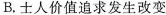
B.土人价值追求发生改变